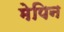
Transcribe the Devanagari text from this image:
मेपिन